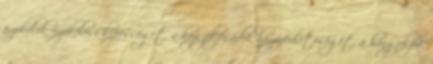
érzékelõk érzékelési képességét, a kézi jelzésadók hozzáférhetõségét, a hangjelzõk